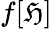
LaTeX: f[\mathfrak{H}]